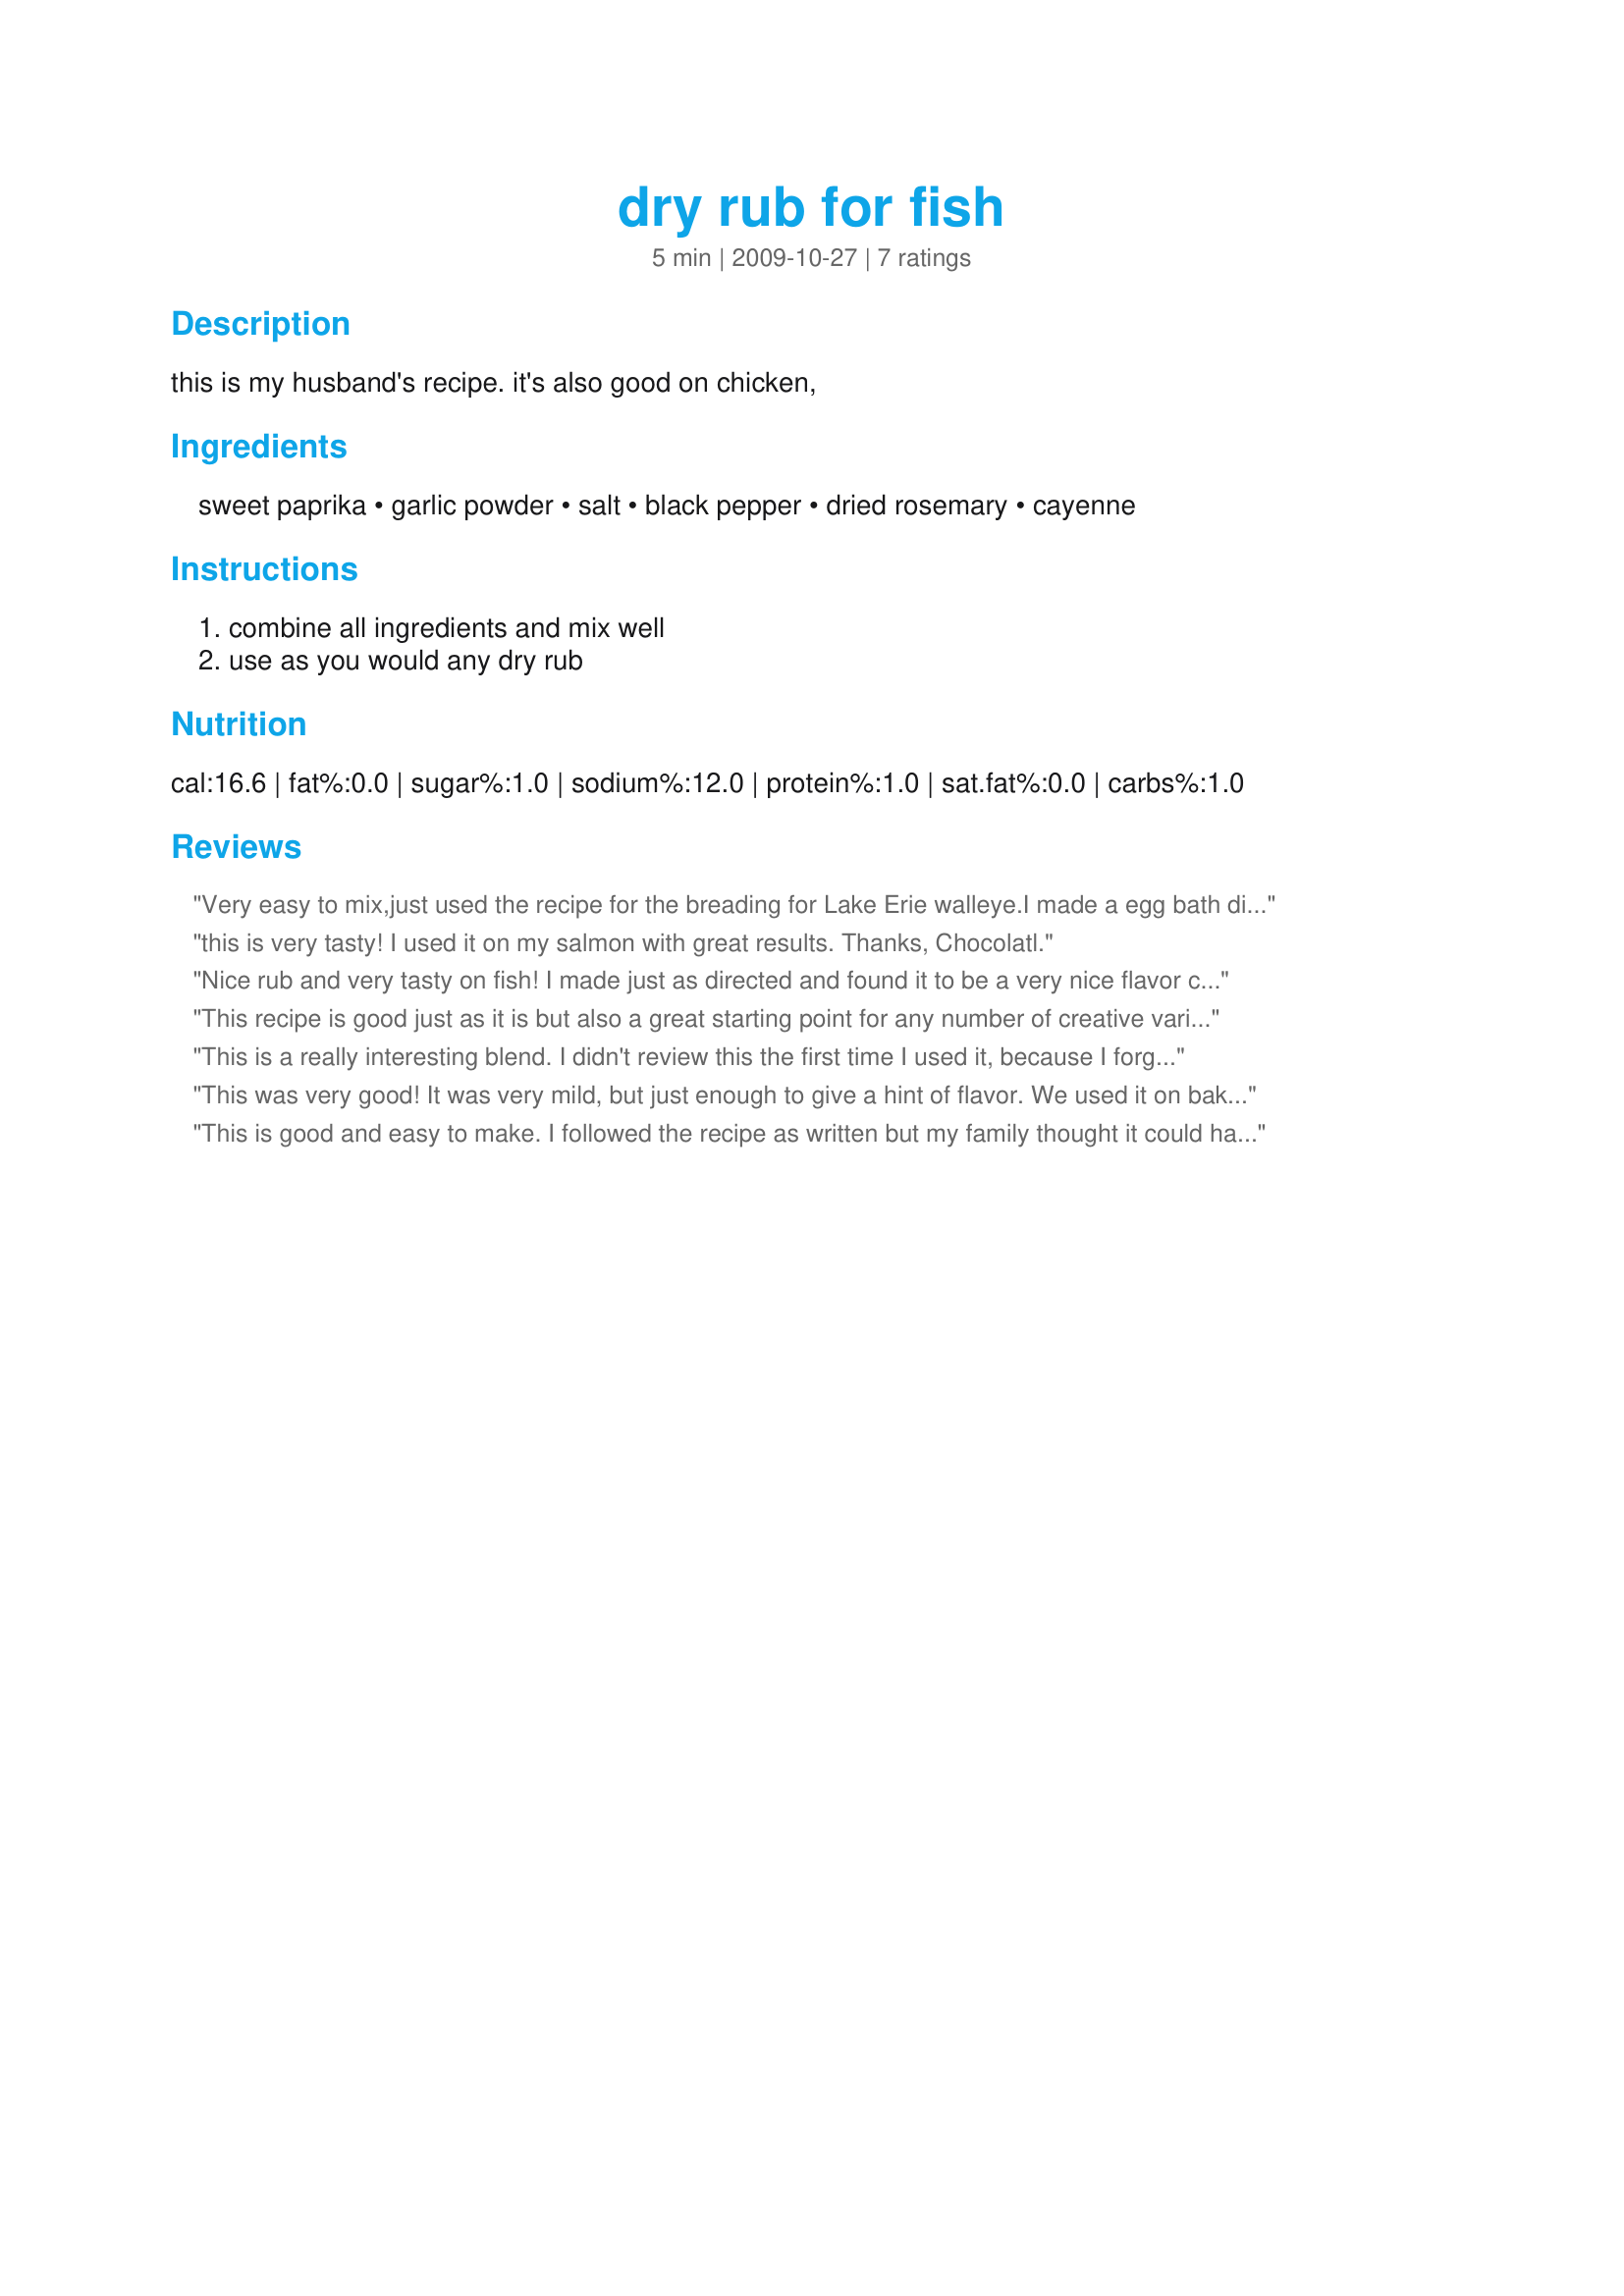
dry rub for fish
Preparation time: 5 minutes

this is my husband's recipe. it's also good on chicken,

Ingredients:
sweet paprika, garlic powder, salt, black pepper, dried rosemary, cayenne

Steps:
combine all ingredients and mix well, use as you would any dry rub

Reviews:
Very easy to mix,just used the recipe for the breading for Lake Erie walleye.I made a egg bath dipped the fish in, then into the dry mixture,back into the egg bath,back into the dry and coating well then into skillet.I also used a grill or skillet press in the cast iron skillet.
this is very tasty! I used it on my salmon with great results. Thanks, Chocolatl.
Nice rub and very tasty on fish! I made just as directed and found it to be a very nice flavor combination. Used on some tilapia that I pan fried and we really enjoyed - thanks for sharing the recipe!
This recipe is good just as it is but also a great starting point for any number of creative variations. I made it as it is described here and it was really good but tired of the rubbing aspect (trying to coat the fish evenly by hand). For my next use of the recipe I tweaked it a bit by mixing all of the ingredients in a bowl, adding 3 tablespoons of olive oil, a teaspoon of sriracha and a heavy pinch of salt. This allowed me to apply the mixture evenly and effortlessly with a basting brush.....it turned out awesome.
This is a really interesting blend. I didn't review this the first time I used it, because I forgot! I used chicken the first time, making baked chicken. The second time was last night and I made baked pork chops. Very good on both. I'd like to try it on some salmon that I have in the freezer. Great job!
This was very good! It was very mild, but just enough to give a hint of flavor. We used it on baked chicken and it was so easy to make, with ingredients I already had on hand! We may add a little more cayenne next time, but that's just us! Made for your Conference Championship Football Pool win - congrats!!
This is good and easy to make. I followed the recipe as written but my family thought it could have used more cayenne pepper as it was too mild for them. It is tasty and we enjoyed it.
